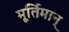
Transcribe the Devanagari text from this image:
मूर्तिमान्‌